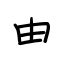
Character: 由